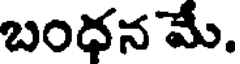
బంధన మే.